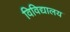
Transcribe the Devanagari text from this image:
विविद्यालय